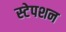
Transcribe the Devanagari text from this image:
स्‍टेपशन